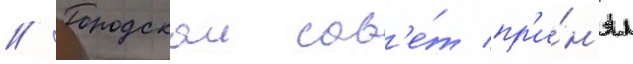
// Городскои сов'е́т пр'и́н'ял